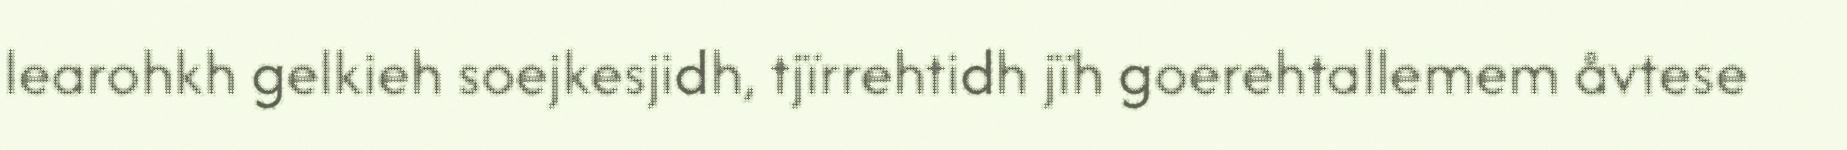
learohkh gelkieh soejkesjidh, tjïrrehtidh jïh goerehtallemem åvtese